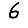
Digit: 6